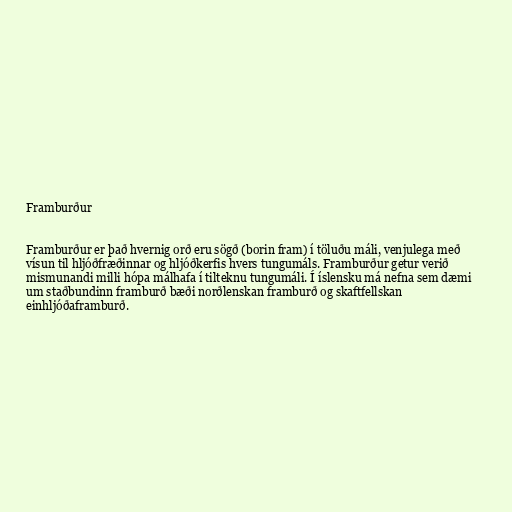
Framburður

Framburður er það hvernig orð eru sögð (borin fram) í töluðu máli, venjulega með
vísun til hljóðfræðinnar og hljóðkerfis hvers tungumáls. Framburður getur verið
mismunandi milli hópa málhafa í tilteknu tungumáli. Í íslensku má nefna sem dæmi
um staðbundinn framburð bæði norðlenskan framburð og skaftfellskan
einhljóðaframburð.